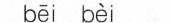
bei bei (。)